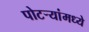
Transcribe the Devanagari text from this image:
पोटर्‍यांमध्ये